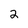
Character: 2